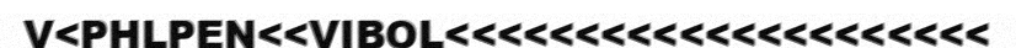
V<PHLPEN<<VIBOL<<<<<<<<<<<<<<<<<<<<<